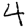
Digit: 4